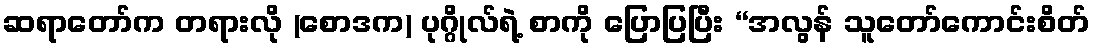
ဆရာတော်က တရားလို (စောဒက) ပုဂ္ဂိုလ်ရဲ့ စာကို ပြောပြပြီး “အလွန် သူတော်ကောင်းစိတ်